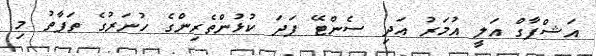
އަޝްފާގް އަލީ އުމަރު އަދި ސެންޓޭ ފަދަ ކުޅުންތެރިންގެ ހުނަރުގެ ތަފާތު މި